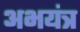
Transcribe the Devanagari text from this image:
अभयंत्र